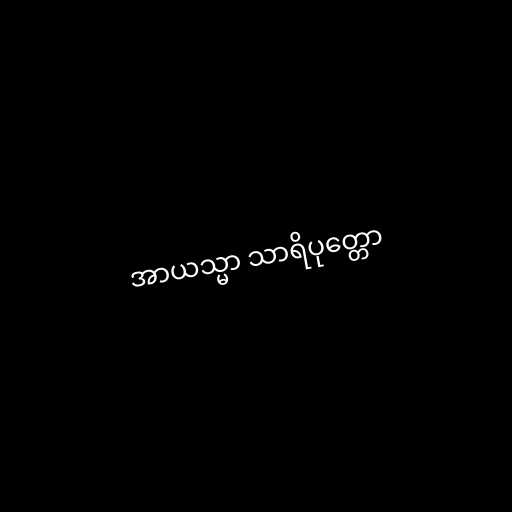
အာယသ္မာ သာရိပုတ္တော